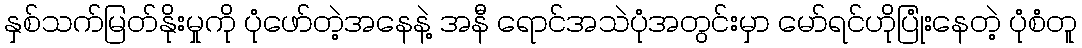
နှစ်သက်မြတ်နိုးမှုကို ပုံဖော်တဲ့အနေနဲ့ အနီ ရောင်အသဲပုံအတွင်းမှာ မော်ရင်ဟိုပြုံးနေတဲ့ ပုံစံတူ